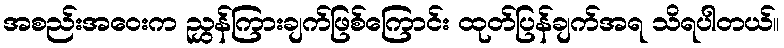
အစည်းအဝေးက ညွှန်ကြားချက်ဖြစ်ကြောင်း ထုတ်ပြန်ချက်အရ သိရပါတယ်။